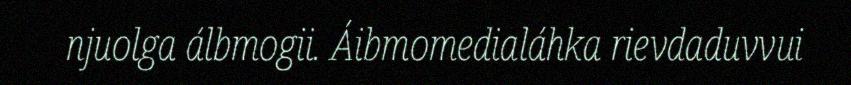
njuolga álbmogii. Áibmomedialáhka rievdaduvvui